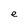
Character: e